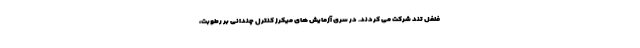
فلفل تند شرکت می کردند. در سری آزمایش های میکرز کنترل چندانی بر رطوبت،